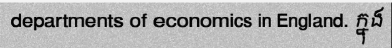
departments of economics in England. ក្នុង